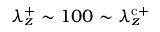
\lambda _ { z } ^ { + } \sim 1 0 0 \sim \lambda _ { z } ^ { \mathrm { c } + }